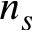
n _ { s }